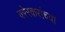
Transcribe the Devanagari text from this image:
वरेरकरांच्या